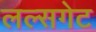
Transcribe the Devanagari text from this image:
लल्सगेट